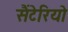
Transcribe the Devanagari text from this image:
सैंटेरियो